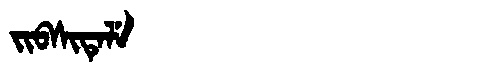
Manchu: ᠵᡳᠪᠰᡳᡨᡝᠯᡝ
Romanization: JIBSITELE